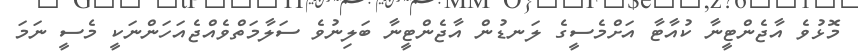
މޮޅުވެ އާޖެންޓީނާ ކުއާޓާ އަށްމެސީގެ ލަނޑުން އާޖެންޓީނާ ބަލިނުވެ ސަލާމަތްވެއްޖެއަހަންނަކީ މެސީ ނަމަ